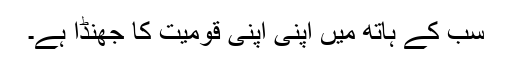
سب کے ہاتھ میں اپنی اپنی قومیت کا جھنڈا ہے۔